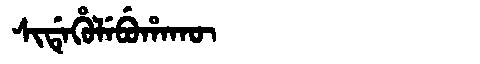
Manchu: ᠰᡳᡩᡝᡥᡠᠯᡝᠪᡠᡥᠠᡴᡡ
Romanization: SIDEHULEBUHAKŪ